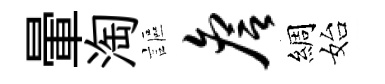
暈淘謳詹綢始